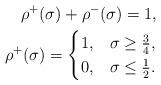
LaTeX: \begin{align*}\rho^+(\sigma)+\rho^-(\sigma)=1, \\\rho^+(\sigma) =\begin{cases}1, &\sigma\geq \frac{3}{4},\\0, &\sigma\leq \frac{1}{2}.\end{cases}\end{align*}